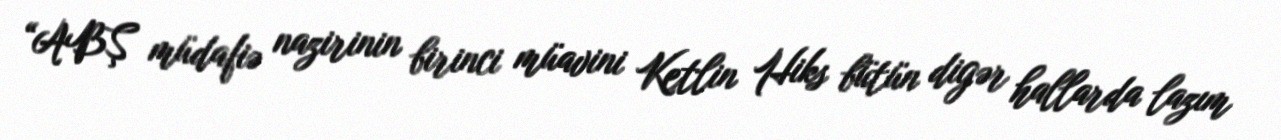
“ABŞ müdafiə nazirinin birinci müavini Ketlin Hiks bütün digər hallarda lazım